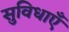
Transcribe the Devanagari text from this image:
सुविधाऍं